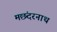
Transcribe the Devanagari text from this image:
मछंदरनाथ